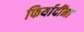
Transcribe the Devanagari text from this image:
फिर्यादींना